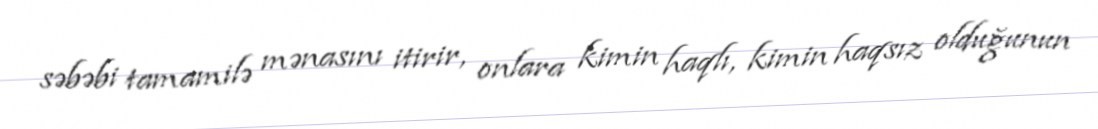
səbəbi tamamilə mənasını itirir, onlara kimin haqlı, kimin haqsız olduğunun